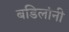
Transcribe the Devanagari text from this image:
बडिलांनी